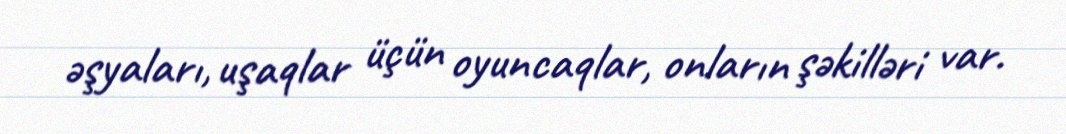
əşyaları, uşaqlar üçün oyuncaqlar, onların şəkilləri var.